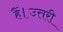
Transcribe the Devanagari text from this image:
हैं।उत्तरी